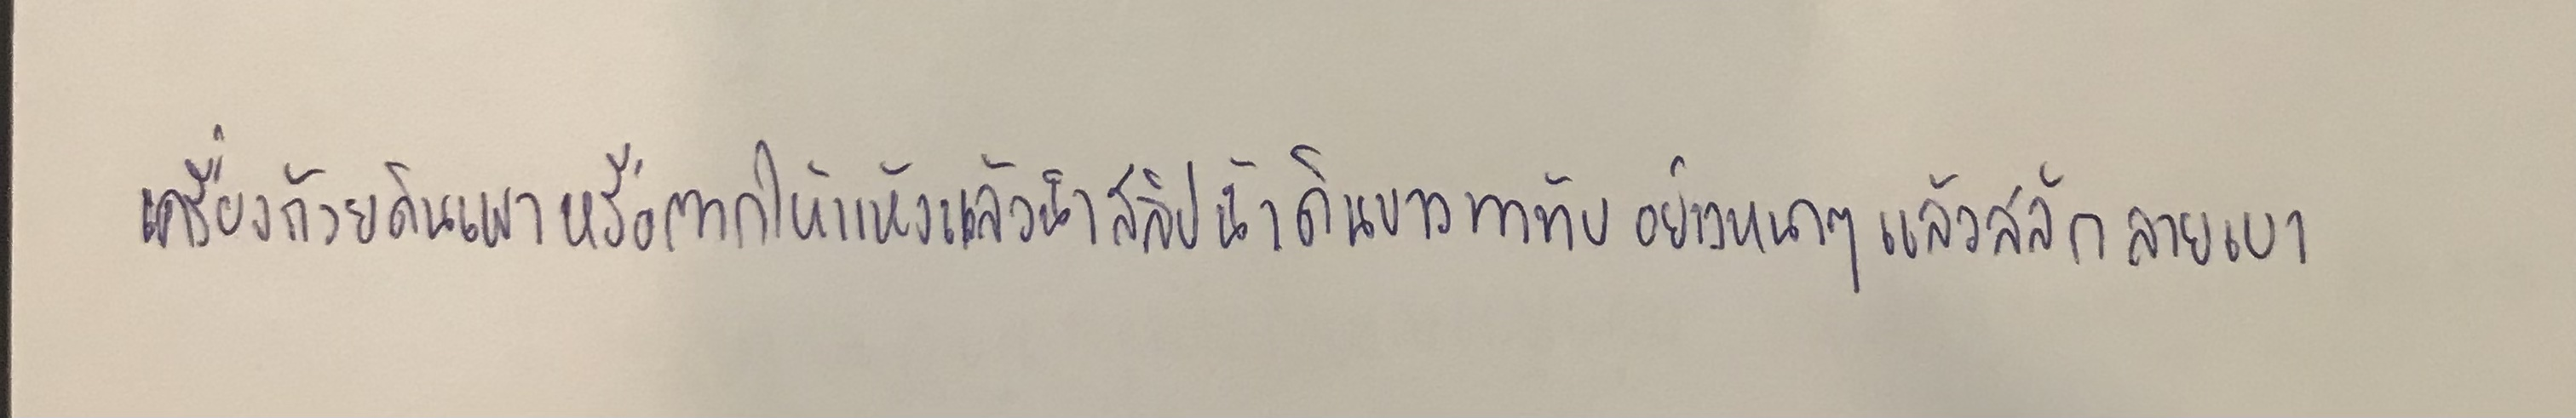
-เครื่องถ้วยดินเผาหรือตากให้แห้งแล้วนำสลิปน้ำดินขาวทาทับอย่างหนาๆแล้วสลักลายเบา